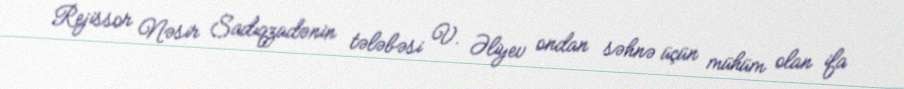
Rejissor Nəsir Sadıqzadənin tələbəsi V. Əliyev ondan səhnə üçün mühüm olan ifa